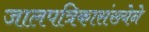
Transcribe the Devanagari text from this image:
जालपत्रिकासंख्येने